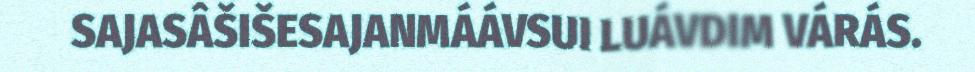
SAJASÂŠIŠESAJANMÁÁVSUI LUÁVDIM VÁRÁS.